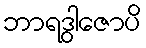
ဘာရဒွါဇောပိ